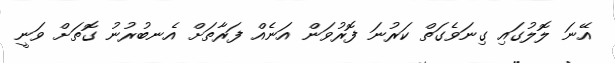
އޭނަ ލޮލުގައި ގިނަވެގަތް ކަރުނަ ފޮރުވަން އަނެއް ފަރާތަށް އެނބުރުނު ގޮތަށް ވަނީ